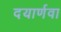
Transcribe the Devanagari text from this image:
दयार्णवा